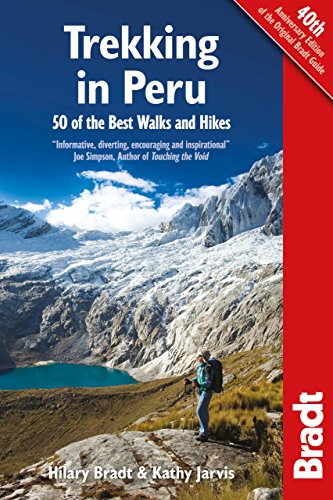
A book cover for Trekking in Peru: 50 Of The Best Walks And Hikes (Bradt Travel Guides); Hilary Bradt; Travel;